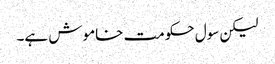
لیکن سول حکومت خاموش ہے۔